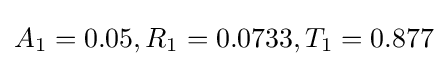
A_{1}=0.05,R_{1}=0.0733,T_{1}=0.877